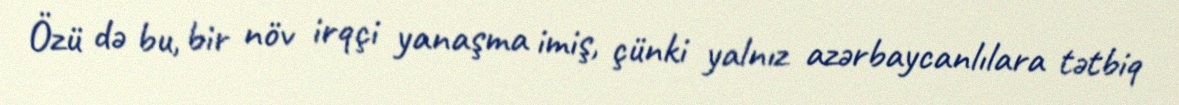
Özü də bu, bir növ irqçi yanaşma imiş, çünki yalnız azərbaycanlılara tətbiq